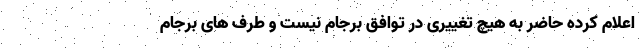
اعلام کرده حاضر به هیچ تغییری در توافق برجام نیست و طرف های برجام